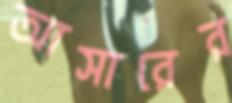
আসারের